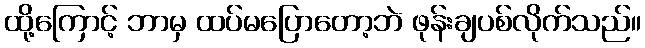
ထို့ကြောင့် ဘာမှ ထပ်မပြောတော့ဘဲ ဖုန်းချပစ်လိုက်သည်။